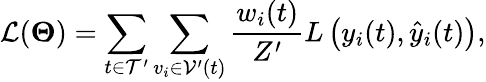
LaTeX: \mathcal{L}(\mathbf{\Theta})=\sum_{t\in\mathcal{T}^{\prime}}\sum_{v_{i}\in\mathcal{V}^{\prime}(t)}\frac{w_{i}(t)}{Z^{\prime}}L\left(y_{i}(t),\hat{y}_{i}(t)\right),